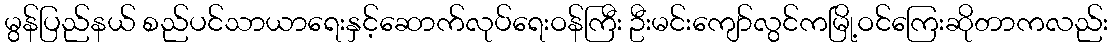
မွန်ပြည်နယ် စည်ပင်သာယာရေးနှင့်ဆောက်လုပ်ရေးဝန်ကြီး ဦးမင်းကျော်လွင်ကမြို့ဝင်ကြေးဆိုတာကလည်း